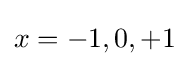
x=-1,0,+1